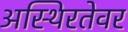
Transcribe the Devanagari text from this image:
अस्थिरतेवर